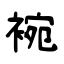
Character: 䘼